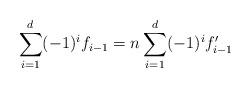
LaTeX: \begin{align*} \sum_{i=1}^d (-1)^i f_{i-1}=n\sum_{i=1}^d (-1)^i f_{i-1}'\end{align*}